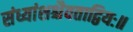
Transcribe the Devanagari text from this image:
संध्यांशश्चैवताद्वियः॥